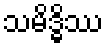
သမိဒ္ဓိဿ